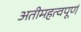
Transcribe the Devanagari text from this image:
अतीमहत्वपूर्ण